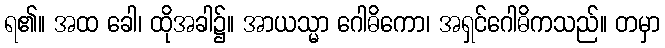
ရ၏။ အထ ခေါ၊ ထိုအခါ၌။ အာယသ္မာ ဂေါဓိကော၊ အရှင်ဂေါဓိကသည်။ တမှာ